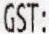
GST: